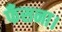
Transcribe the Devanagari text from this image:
फँसना।